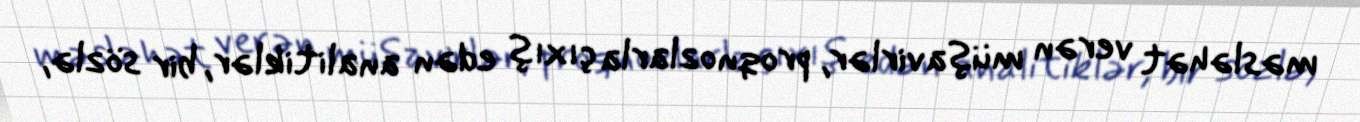
məsləhət verən müşavirlər, proqnozlarla çıxış edən analitiklər, bir sözlə,